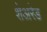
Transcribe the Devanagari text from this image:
शेअरेड